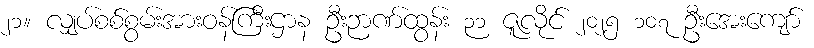
၂၁။ လျှပ်စစ်စွမ်းအားဝန်ကြီးဌာန ဦးဉာဏ်ထွန်း ၃၁ ဇူလိုင် ၂၀၂၅ ၁၀၇ ဦးအေးကျော်